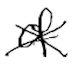
Text: of
Cross-out: mix
Writing tool: digital_black